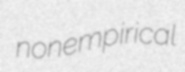
nonempirical